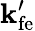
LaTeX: \mathbf{k}_{\mathrm{{fe}}}^{\prime}